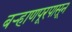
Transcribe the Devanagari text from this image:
बऱ्हाणपूरपासून